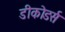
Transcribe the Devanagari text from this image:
डीकोडर्स